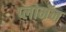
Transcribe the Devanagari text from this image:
प्लोमॅन